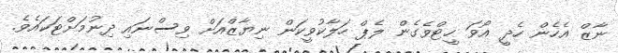
ނާޒް އެހެން ހެދީ އޯވަ ހީޓްވެގެން ލެޕް ހަލާކުވީކަން ނިޔާޒްއަށް ވިސްނައި ދިނުމަށްޓަކައެވެ.